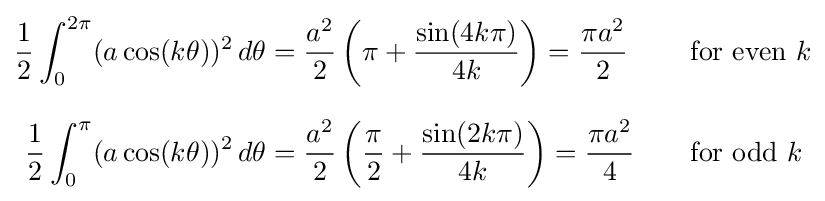
{\begin{aligned}{\frac {1}{2}}\int _{0}^{2\pi }(a\cos(k\theta ))^{2}\,d\theta &={\frac {a^{2}}{2}}\left(\pi +{\frac {\sin(4k\pi )}{4k}}\right)={\frac {\pi a^{2}}{2}}&&\quad {\text{for even }}k\\[8px]{\frac {1}{2}}\int _{0}^{\pi }(a\cos(k\theta ))^{2}\,d\theta &={\frac {a^{2}}{2}}\left({\frac {\pi }{2}}+{\frac {\sin(2k\pi )}{4k}}\right)={\frac {\pi a^{2}}{4}}&&\quad {\text{for odd }}k\end{aligned}}